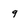
Character: 9